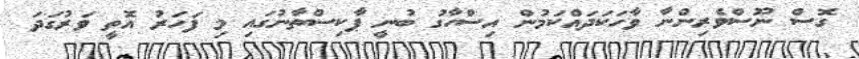
ގޮސް ނޫސްވެރިންނާ ވާހަކަދައްކަމުން އިސްހާގު ބުނީ ޕާކިސްތާނުގައި މި ފަހަރު އޮތީ ވަރުގަދަ